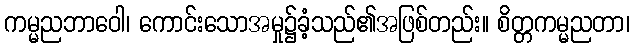
ကမ္မညဘာဝေါ၊ ကောင်းသောအမှု၌ခံ့သည်၏အဖြစ်တည်း။ စိတ္တကမ္မညတာ၊